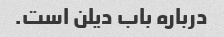
درباره باب دیلن است.